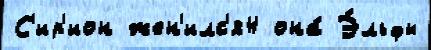
С'ир'ион жен'илс'я4 она́ Э́льфы